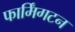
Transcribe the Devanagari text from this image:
फार्मिंगटन